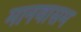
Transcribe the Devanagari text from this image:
मानवासम